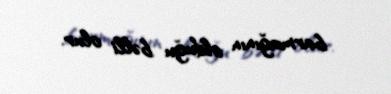
barmağının olduğu bəlli olur.